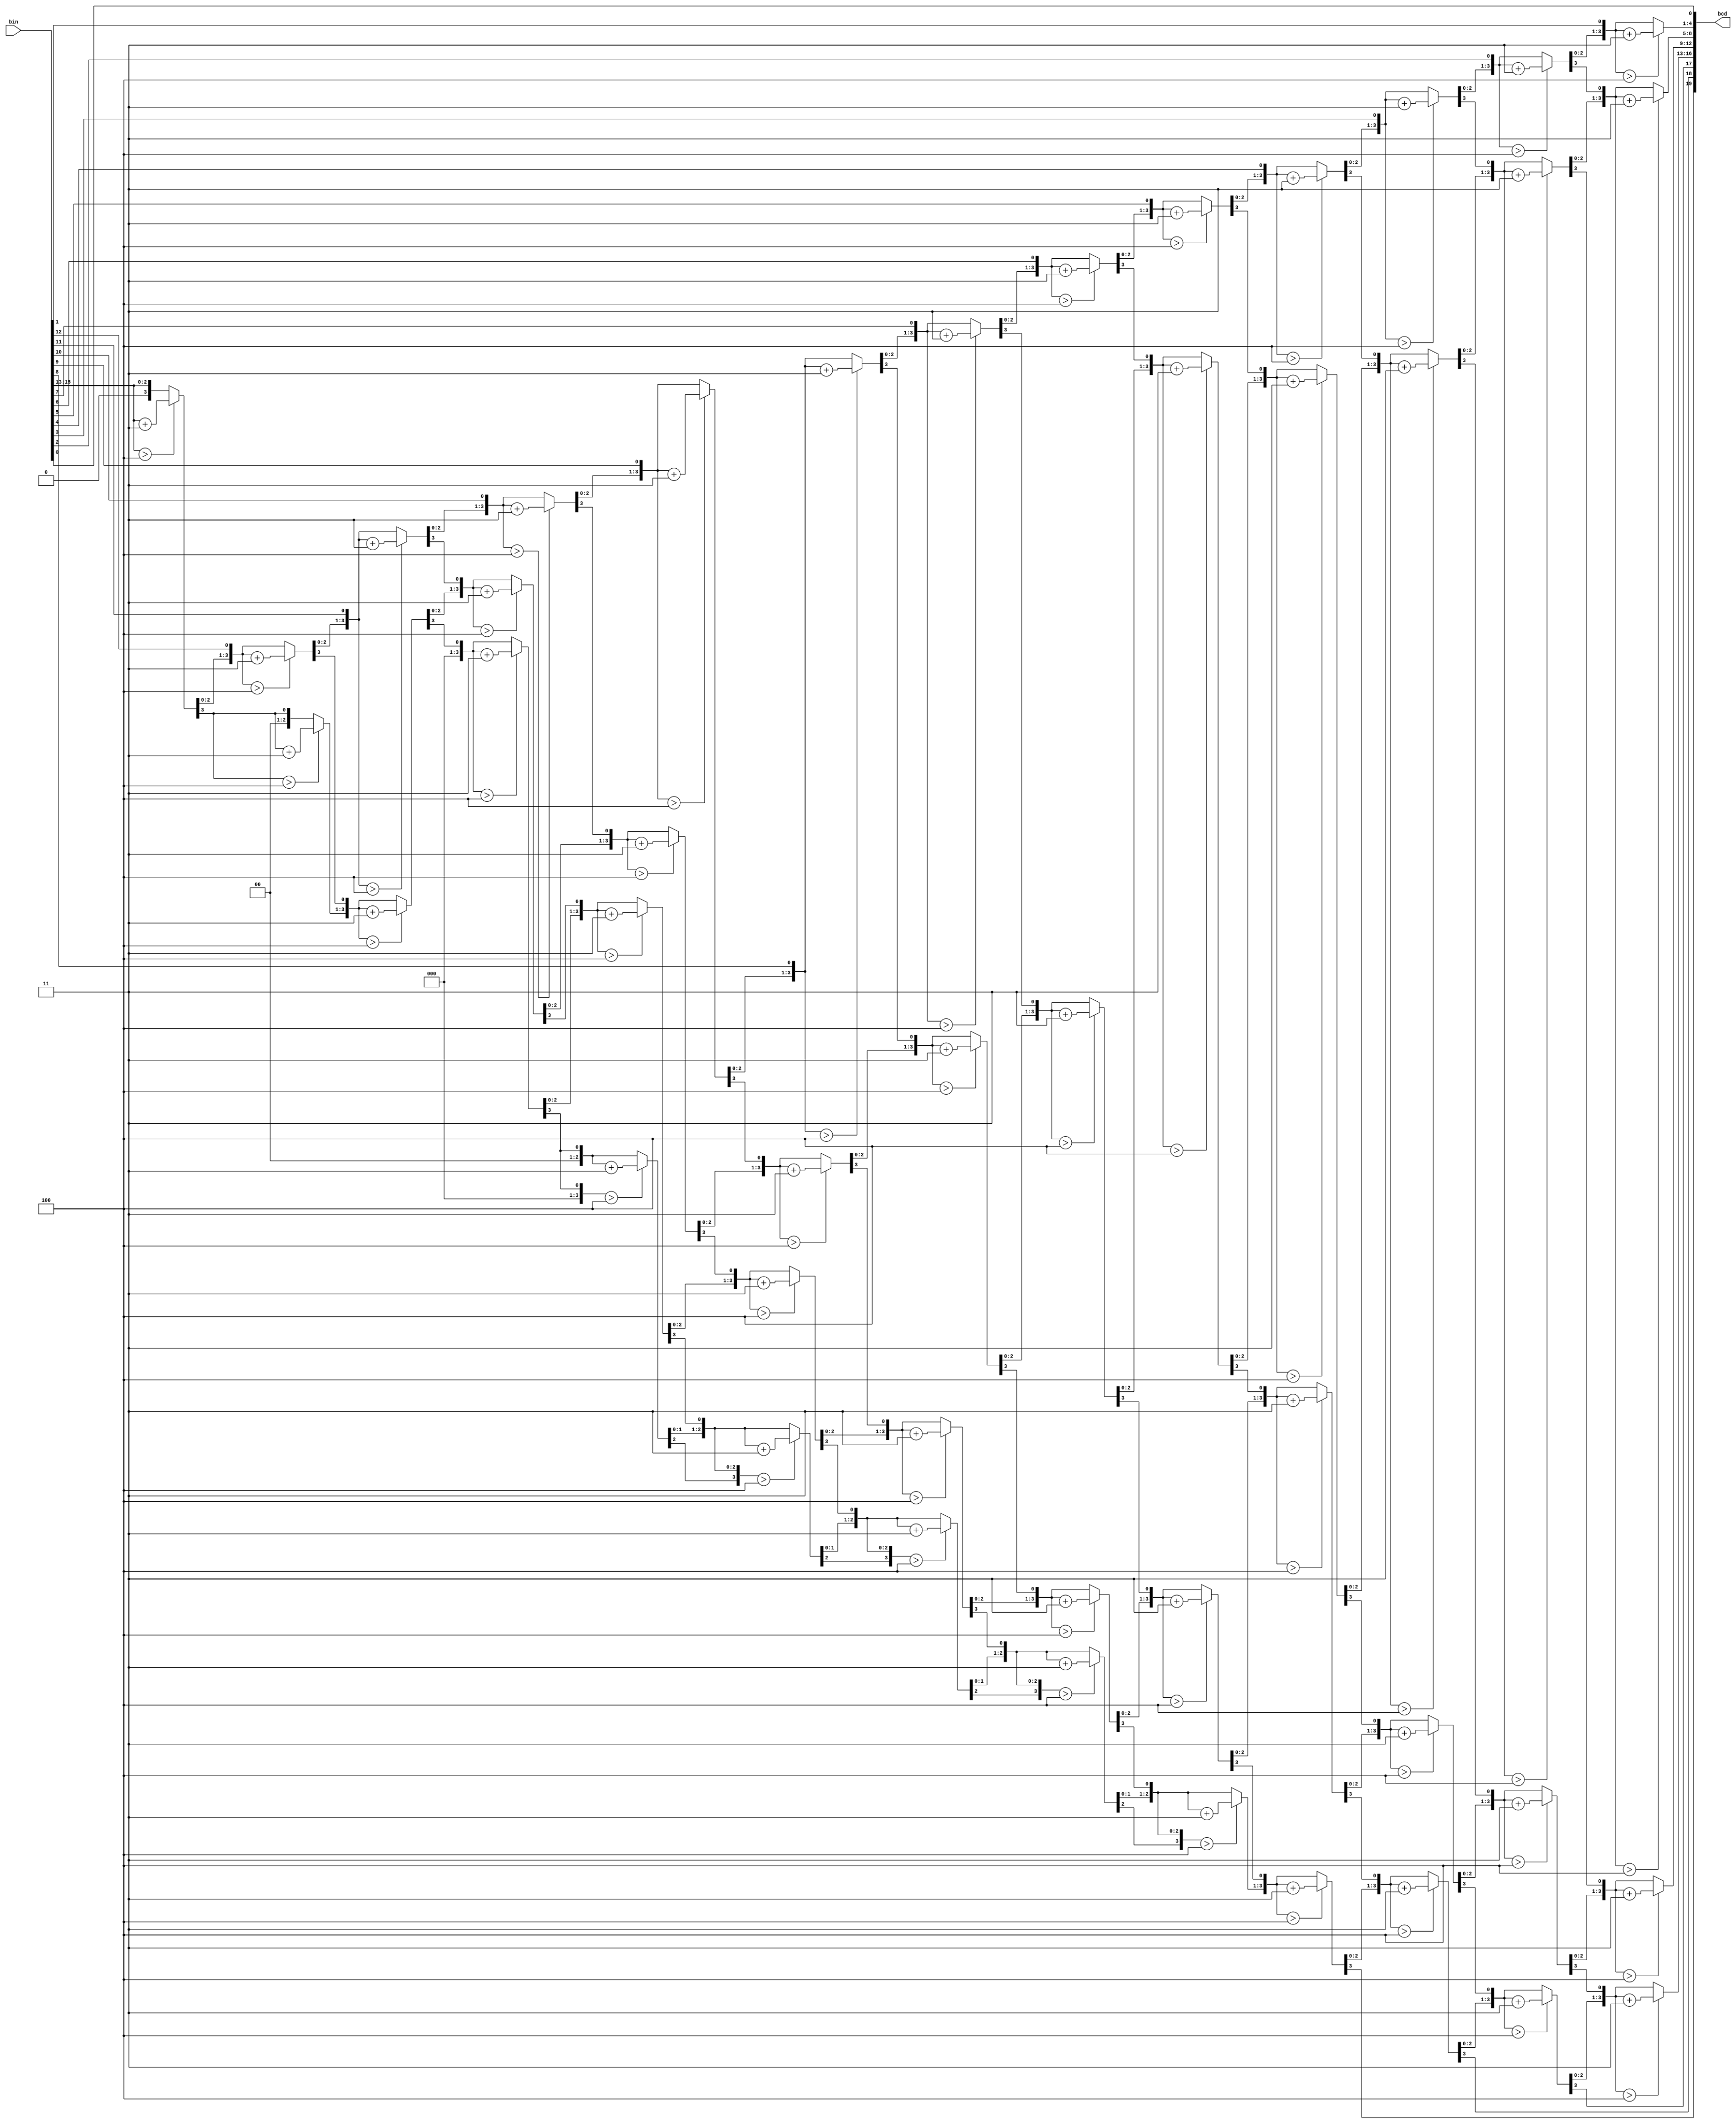
module bin2bcd16 (
  input      [15:0] bin, 
  output reg [19:0] bcd  
);
  reg [35:0] z;
  integer i;
  always @(bin) begin
    for(i = 0; i <= 35; i = i+1) z[i] = 0;
    z[18:3] = bin;
    for(i = 0; i <= 12; i = i+1) begin
      if(z[19:16] > 4) z[19:16] = z[19:16] + 3;
      if(z[23:20] > 4) z[23:20] = z[23:20] + 3;
      if(z[27:24] > 4) z[27:24] = z[27:24] + 3;
      if(z[31:28] > 4) z[31:28] = z[31:28] + 3;
      z[35:1] = z[34:0];
    end      
    bcd = z[35:16];	
  end             
endmodule